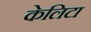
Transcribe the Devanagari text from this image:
केलिटा